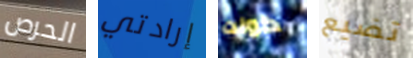
الحرص إرادتي كونت تضيع